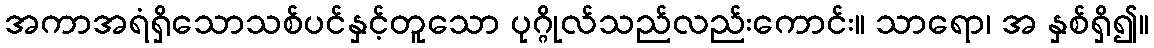
အကာအရံရှိသောသစ်ပင်နှင့်တူသော ပုဂ္ဂိုလ်သည်လည်းကောင်း။ သာရော၊ အ နှစ်ရှိ၍။